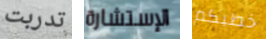
تدربت الإستشارة خطبكم